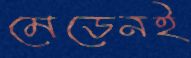
মেডেনই